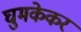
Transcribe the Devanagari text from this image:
घुमकेकर